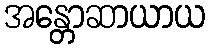
အန္တောဆာယာယ